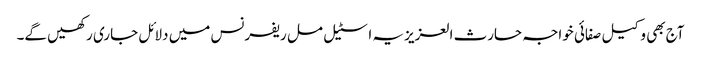
آج بھی وکیل صفائی خواجہ حارث العزیزیہ اسٹیل مل ریفرنس میں دلائل جاری رکھیں گے۔